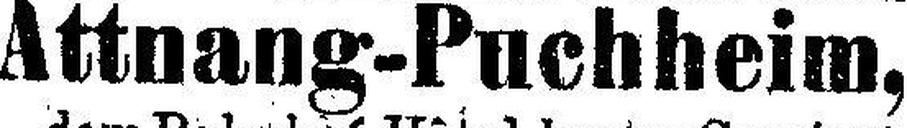
Attnang-Puchheim,